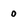
Character: o